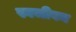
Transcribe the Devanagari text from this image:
स्वजीवन